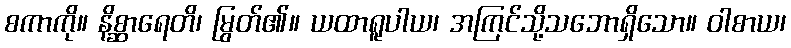
စကာကို။ နိစ္ဆာရေတိ၊ မြွတ်၏။ ယထာရူပါယ၊ အကြင်သို့သဘောရှိသော။ ဝါစာယ၊